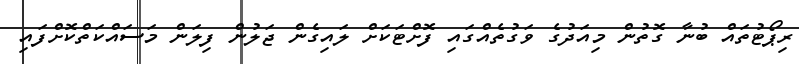
ރިޕޯޓުތައް ބުނާ ގޮތުން މިއަދުގެ ވަގުތެއްގައި ފޮށްޓަކަށް ލައިގެން ޖަލުން ފިލަން މަސައްކަތްކޮށްފައި